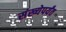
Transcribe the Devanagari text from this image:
संख्येपर्यंत